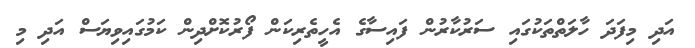
އަދި މިފަދަ ހާލަތްތަކުގައި ސަރުކާރުން ފައިސާގެ އެހީތެރިކަން ފޯރުކޮށްދިން ކަމުގައިވިޔަސް އަދި މި